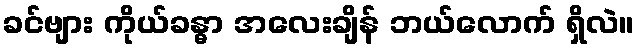
ခင်ဗျား ကိုယ်ခန္ဓာ အလေးချိန် ဘယ်လောက် ရှိလဲ။